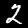
Label: 2